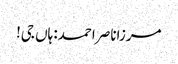
مرزاناصر احمد: ہاں جی!